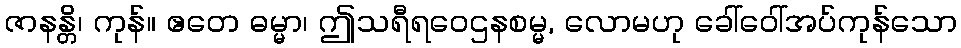
ဇာနန္တိ၊ ကုန်။ ဧတေ ဓမ္မာ၊ ဤသရီရဝေဌနစမ္မ, လောမဟု ခေါ်ဝေါ်အပ်ကုန်သော